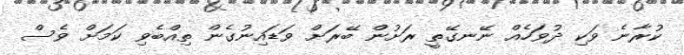
ކުރާނެ ވަކި ދުވަހެއް ނޭނގޭތީ ރަށުން ބޭރަށް ވަޑައިނުގެން ތިއްބެވި ކަމަށް ވެސް